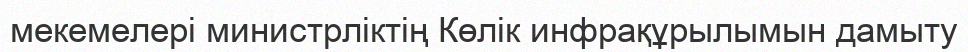
мекемелері министрліктің Көлік инфрақұрылымын дамыту